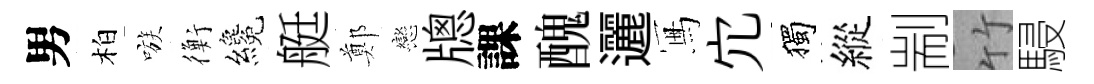
男柏嗾衡纔艇鄭戀牕課醜邐冩宂獨縱剬竹駸